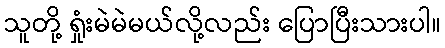
သူတို့ ရှုံးမဲမဲမယ်လို့လည်း ပြောပြီးသားပါ။